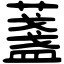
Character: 𦾟